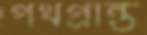
পথপ্রান্ত